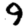
Digit: 9